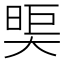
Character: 𪥖